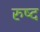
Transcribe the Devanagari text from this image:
रुष्द